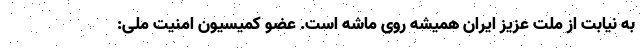
به نیابت از ملت عزیز ایران همیشه روی ماشه است. عضو کمیسیون امنیت ملی: